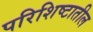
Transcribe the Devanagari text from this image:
परिशिष्टातील